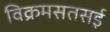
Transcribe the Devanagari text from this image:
विक्रमसतसई